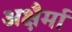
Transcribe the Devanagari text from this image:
अक्षैर्मा